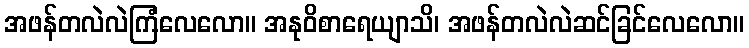
အဖန်တလဲလဲကြံလေလော။ အနုဝိစာရေယျာသိ၊ အဖန်တလဲလဲဆင်ခြင်လေလော။